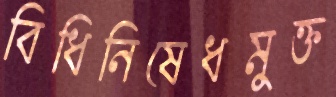
বিধিনিষেধমুক্ত